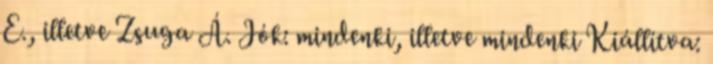
E., illetve Zsuga Á. Jók: mindenki, illetve mindenki Kiállítva: